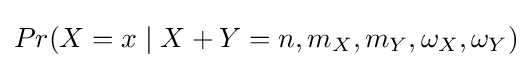
Pr(X=x\;|\;X+Y=n,m_{X},m_{Y},\omega _{X},\omega _{Y})